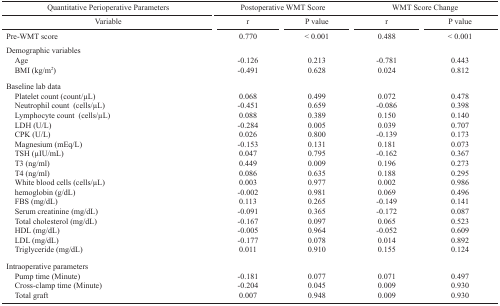
| Quantitative Perioperative Parameters | <COLSPAN=2> Postoperative WMT Score | <COLSPAN=2> WMT Score Change |
 | Variable | r | P value | r | P value |
 | --- | --- | --- | --- | --- |
 | Pre-WMT score | 0.770 | < 0.001 | 0.488 | < 0.001 |
 | Demographic variablesAgeBMI (kg/m2) | -0.126-0.491 | 0.2130.628 | -0.7810.024 | 0.4430.812 |
 | Baseline lab dataPlatelet count (count/μL)Neutrophil count (cells/μL)Lymphocyte count (cells/μL)LDH (U/L)CPK (U/L)Magnesium (mEq/L)TSH (μIU/mL)T3 (ng/ml)T4 (ng/ml)White blood cells (cells/μL)hemoglobin (g/dL)FBS (mg/dL)Serum creatinine (mg/dL)Total cholesterol (mg/dL)HDL (mg/dL)LDL (mg/dL)Triglyceride (mg/dL) | 0.068-0.4510.088-0.2840.026-0.1530.0470.4490.0860.003-0.0020.113-0.091-0.167-0.005-0.1770.011 | 0.4990.6590.3890.0050.8000.1310.7950.0090.6350.9770.9810.2650.3650.0970.9640.0780.910 | 0.072-0.0860.1500.039-0.1390.181-0.1620.1960.1880.0020.069-0.149-0.1720.065-0.0520.0140.155 | 0.4780.3980.1400.7070.1730.0730.3670.2730.2950.9860.4960.1410.0870.5230.6090.8920.124 |
 | Intraoperative parametersPump time (Minute)Cross-clamp time (Minute)Total graft | -0.181-0.2040.007 | 0.0770.0450.948 | 0.0710.0090.009 | 0.4970.9300.930 |